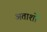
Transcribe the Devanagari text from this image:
अताशों